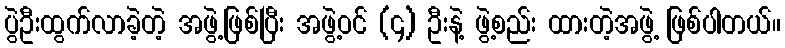
ပွဲဦးထွက်လာခဲ့တဲ့ အဖွဲ့ဖြစ်ပြီး အဖွဲ့ဝင် (၄) ဦးနဲ့ ဖွဲ့စည်း ထားတဲ့အဖွဲ့ ဖြစ်ပါတယ်။